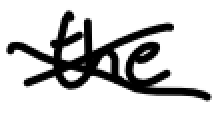
Text: the
Cross-out: cross
Writing tool: digital_black